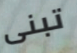
تبنى